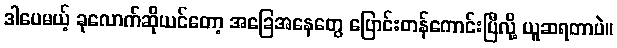
ဒါပေမယ့် ခုလောက်ဆိုယင်တော့ အခြေအနေတွေ ပြောင်းတန်ကောင်းပြီလို့ ယူဆရတာပဲ။